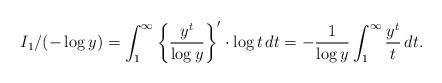
LaTeX: \begin{align*}I_1/(-\log y)=\int_1^\infty \left\{\dfrac{y^t}{\log y} \right\}'\cdot \log t\,dt=-\dfrac{1}{\log y}\int_1^\infty \dfrac{y^t}{t}\,dt.\end{align*}